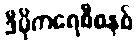
ဒီမိုကရေစီစနစ်